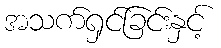
အသက်ရှင်ခြင်းနှင့်